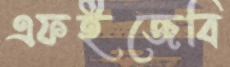
এফইজেবি